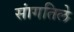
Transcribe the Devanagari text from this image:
सांगतिले